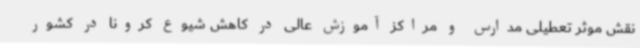
نقش موثر تعطیلی مدارس و مراکز آموزش عالی در کاهش شیوع کرونا در کشور